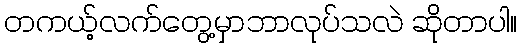
တကယ့်လက်တွေ့မှာဘာလုပ်သလဲ ဆိုတာပါ။